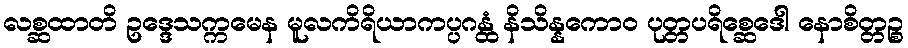
လစ္ဆထာတိ ဥဒ္ဒေသက္ကမေန မူလကိရိယာကပ္ပဂန္ထံ နိသိန္နကောဝ ပုတ္တပရိစ္ဆေဒေါ နောစိတ္တဉ္စ